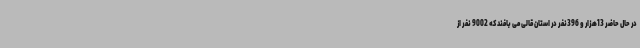
در حال حاضر 13هزار و 396نفر در استان قالی می بافند که 9002 نفر از